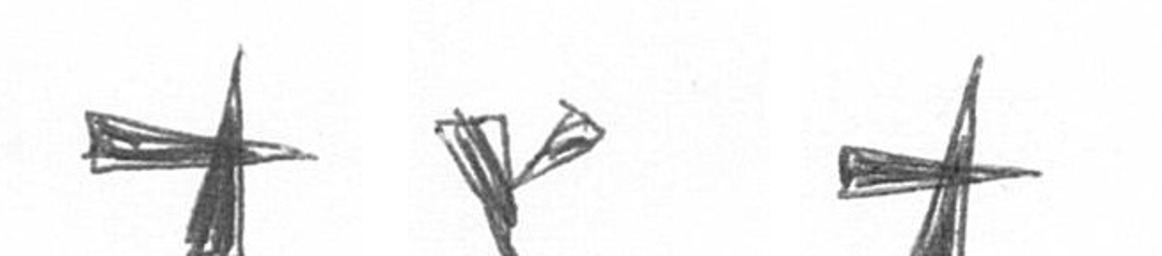
G F G